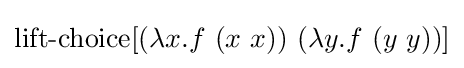
\operatorname {lift-choice} [(\lambda x.f\ (x\ x))\ (\lambda y.f\ (y\ y))]